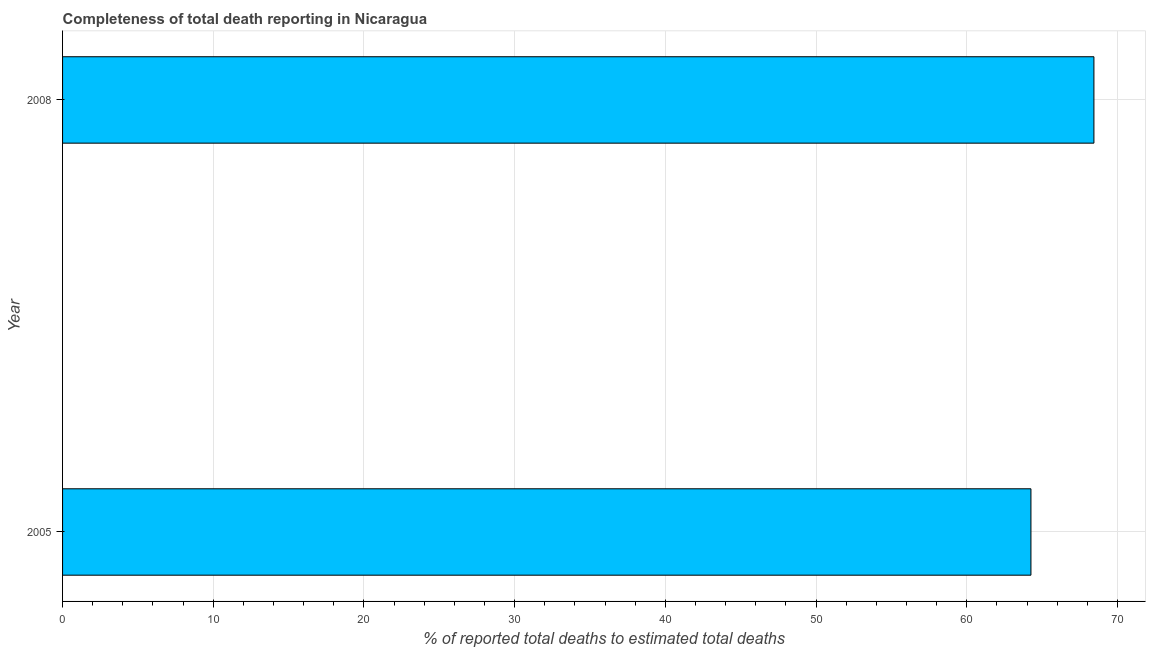
| Year | Completeness of total death reporting  |
 | --- | --- |
 | 2005 | 64.3 |
 | 2008 | 68.4 |